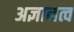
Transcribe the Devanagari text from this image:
अज्ञानत्व